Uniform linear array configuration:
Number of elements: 12
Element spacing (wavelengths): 1
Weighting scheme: exponential
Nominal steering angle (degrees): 45
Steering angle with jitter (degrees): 46.976
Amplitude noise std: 0.05
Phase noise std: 0.05

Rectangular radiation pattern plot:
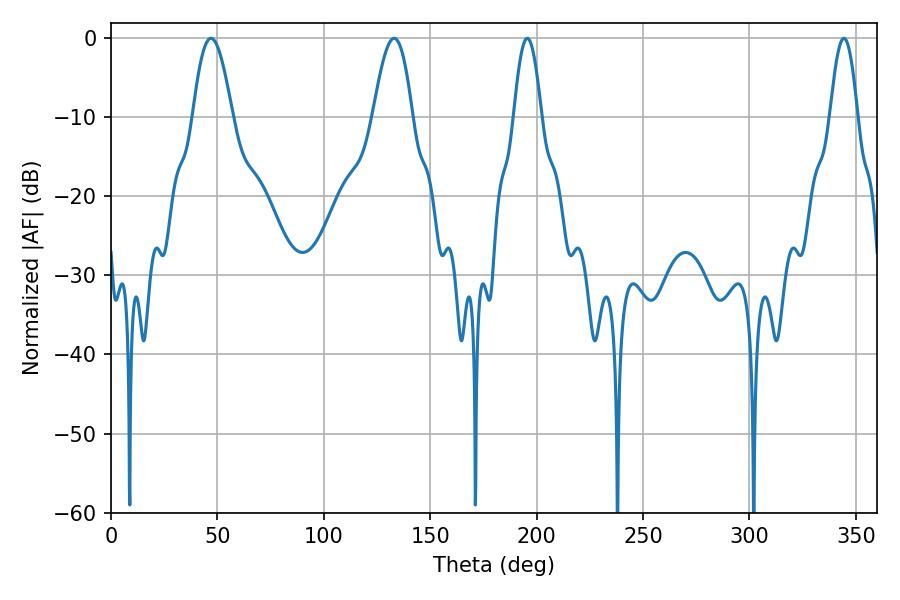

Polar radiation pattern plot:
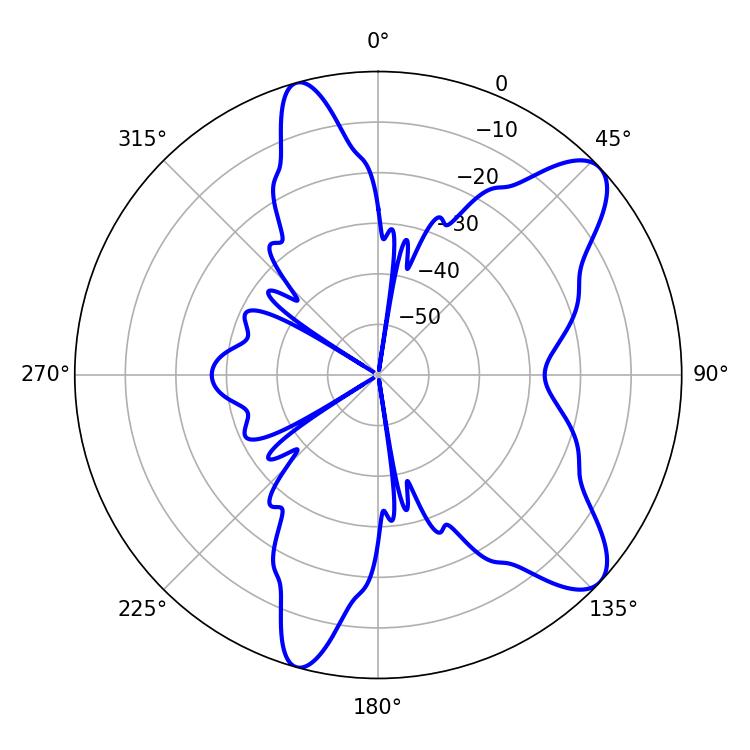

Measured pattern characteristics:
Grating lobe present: TRUE
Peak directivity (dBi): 9.574
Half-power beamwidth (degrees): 10.08
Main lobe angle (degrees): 46.98